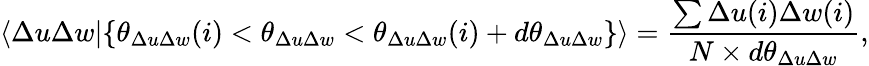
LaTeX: \langle\Delta u\Delta w\vert\{ \theta_{\Delta u\Delta w}(i)<\theta_{\Delta u\Delta w}<\theta_{\Delta u\Delta w}(i)+d\theta_{\Delta u\Delta w}\} \rangle=\frac{\sum\Delta u(i)\Delta w(i)}{N\times d\theta_{\Delta u\Delta w}},